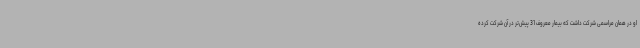
او در همان مراسمی شرکت داشت که بیمار معروف 31 پیش‌تر در آن شرکت کرده